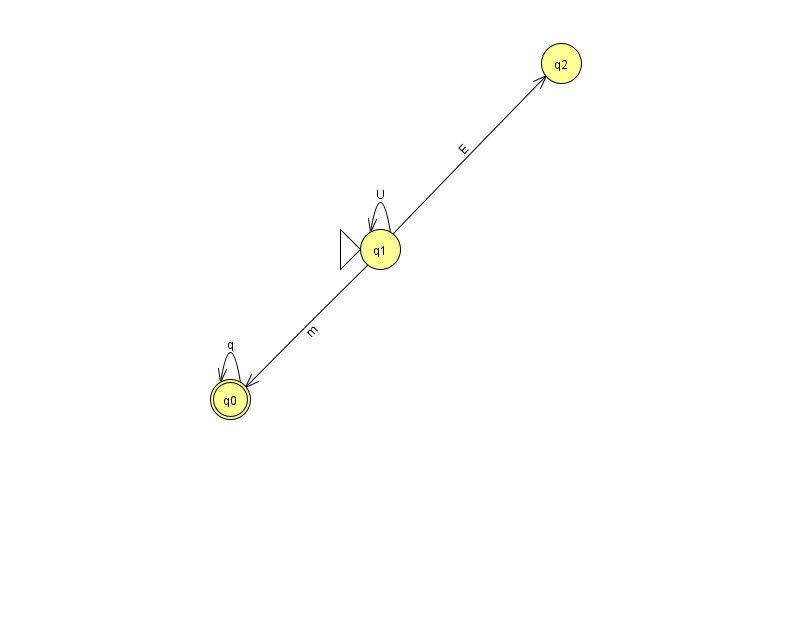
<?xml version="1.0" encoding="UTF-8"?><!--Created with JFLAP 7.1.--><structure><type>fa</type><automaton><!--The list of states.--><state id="0" name="q0"><x>230.0</x><y>386.0</y><final/></state><state id="1" name="q1"><x>380.0</x><y>236.0</y><initial/></state><state id="2" name="q2"><x>561.0</x><y>50.0</y></state><!--The list of transitions.--><transition><from>0</from><to>0</to><read>q</read></transition><transition><from>1</from><to>2</to><read>E</read></transition><transition><from>1</from><to>1</to><read>U</read></transition><transition><from>1</from><to>0</to><read>m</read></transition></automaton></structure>